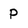
Character: P